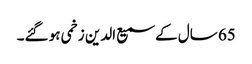
65 سال کے سمیع الدین زخمی ہو گئے۔